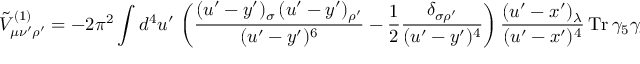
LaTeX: \tilde { V } _ { \mu \nu ^ { \prime } \rho ^ { \prime } } ^ { ( 1 ) } = - 2 \pi ^ { 2 } \int d ^ { 4 } u ^ { \prime } \, \left( \frac { ( u ^ { \prime } - y ^ { \prime } ) _ { \sigma } \, ( u ^ { \prime } - y ^ { \prime } ) _ { \rho ^ { \prime } } } { ( u ^ { \prime } - y ^ { \prime } ) ^ { 6 } } - \frac { 1 } { 2 } \frac { \delta _ { \sigma \rho ^ { \prime } } } { ( u ^ { \prime } - y ^ { \prime } ) ^ { 4 } } \right) \frac { ( u ^ { \prime } - x ^ { \prime } ) _ { \lambda } } { ( u ^ { \prime } - x ^ { \prime } ) ^ { 4 } } \, \mathrm { T r } \, \gamma _ { 5 } \gamma _ { \sigma } \gamma _ { \lambda } \gamma _ { \nu ^ { \prime } } \gamma _ { \mu } \, .